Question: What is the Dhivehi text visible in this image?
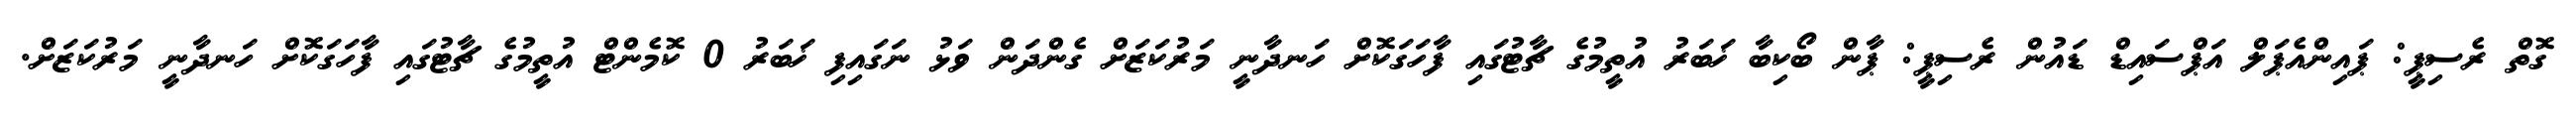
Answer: ގޮތް ރެސިޕީ: ޕައިންއެޕަލް އަޕްސައިޑް ޑައުން ރެސިޕީ: ޕާން ބޯކިބާ ޚަބަރު އުތީމުގެ ޗާޓުގައި ފާހަގަކޮށް ހަނދާނީ މަރުކަޒަށް ގެންދަން ވަޅު ނަގައިފި ޚަބަރު 0 ކޮމެންޓް އުތީމުގެ ޗާޓުގައި ފާހަގަކޮށް ހަނދާނީ މަރުކަޒަށް.